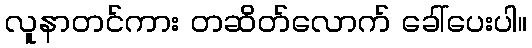
လူနာတင်ကား တဆိတ်လောက် ခေါ်ပေးပါ။